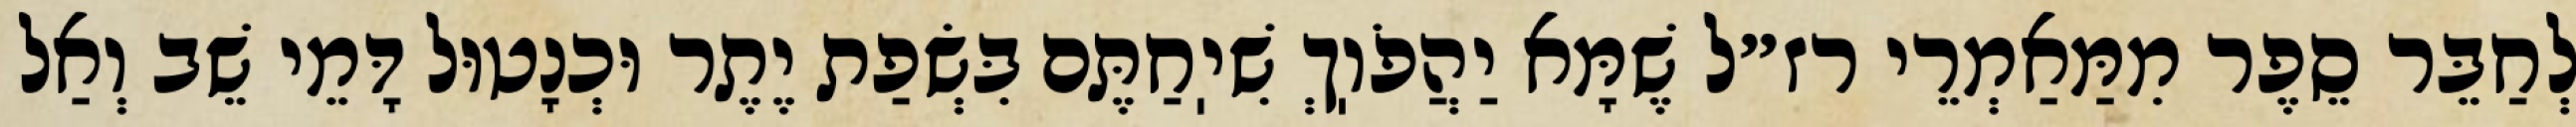
לְחַבֵּר סֵפֶר מִמַּאַמְרֵי רז״ל שֶׁמָּא יַהֲפֹוֽךְ שִׁיֽחַתֶּם בִּשְׂפַת יֶתֶר וּכְנָטוּל דָּמֵי שֵׁב וְאַל